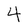
Character: 4